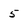
Character: 5